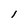
Character: l